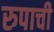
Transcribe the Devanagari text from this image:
रुपाची